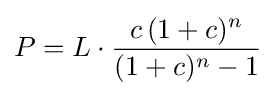
P=L\cdot {\frac {c\,(1+c)^{n}}{(1+c)^{n}-1}}